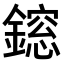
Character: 𨬃